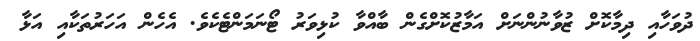
ދުވަހާއި ދިމާކޮށް ޒުވާނުންނަށް އަމާޒުކޮށްގެން ބާއްވާ ކުޅިވަރު ޓޯނަމަންޓެކެވެ. އެހެން އަހަރުތަކާއި އަޅާ